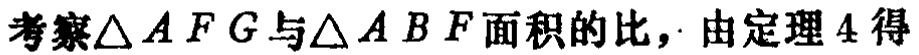
考察\(\triangle AFG\)与\(\triangle ABF\)面积的比，由定理4得